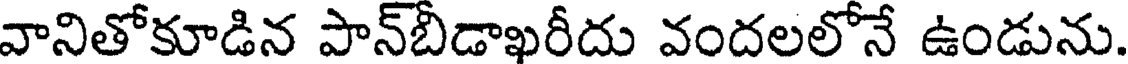
వానితోకూడిన పాన్బీడాఖరీదు వందలలోనే ఉండును